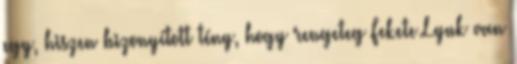
egy, hiszen bizonyított tény, hogy rengeteg Fekete Lyuk van